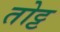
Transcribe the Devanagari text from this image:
तोट्ट